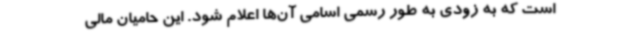
است که به زودی به طور رسمی اسامی آن‌ها اعلام شود. این حامیان مالی